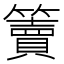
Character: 𥶦